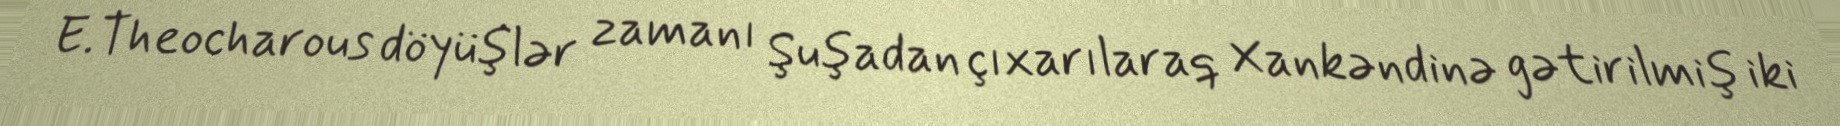
E.Theocharous döyüşlər zamanı Şuşadan çıxarılaraq Xankəndinə gətirilmiş iki